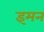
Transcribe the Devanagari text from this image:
इमन